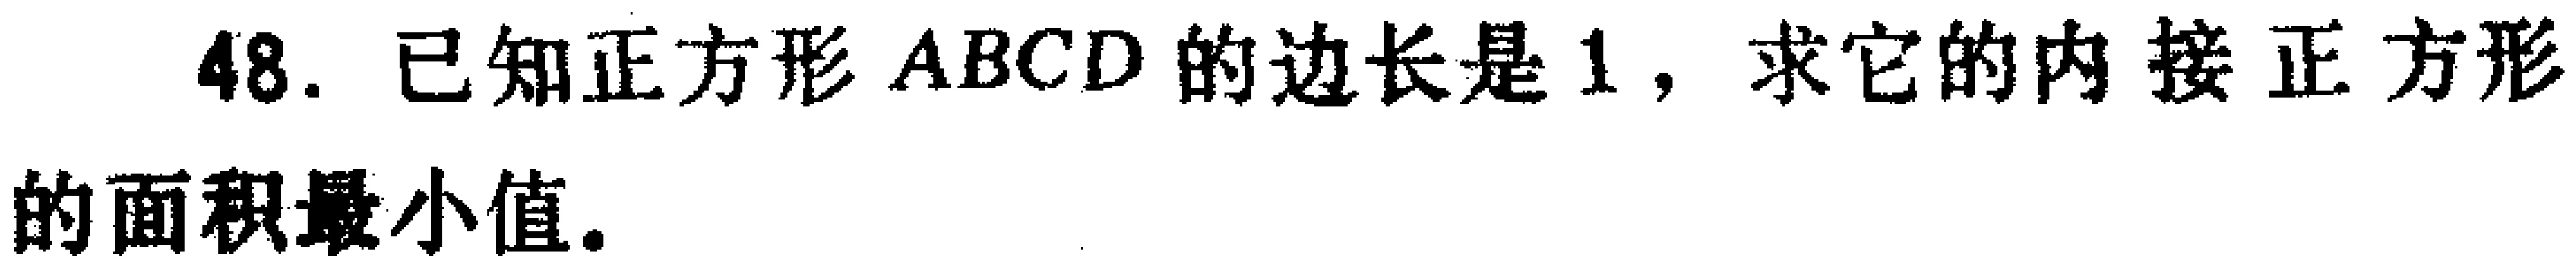
48. 已知正方形 \(ABCD\) 的边长是 \(1\)，求它的内接正方形的面积最小值.